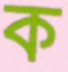
ক